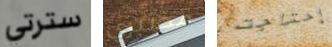
سترتي مختبري إحتاجت